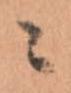
ニ